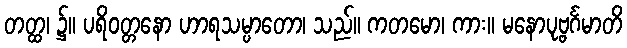
တတ္ထ၊ ၌။ ပရိဝတ္တနော ဟာရသမ္ပာတော၊ သည်။ ကတမော၊ ကား။ မနောပုဗ္ဗင်္ဂမာတိ